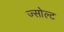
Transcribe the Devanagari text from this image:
ज्सोल्ट